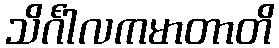
သိင်္ဂါလကမာတာတိ